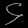
Digit: ၄